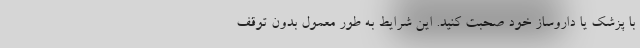
با پزشک یا داروساز خود صحبت کنید. این شرایط به طور معمول بدون توقف